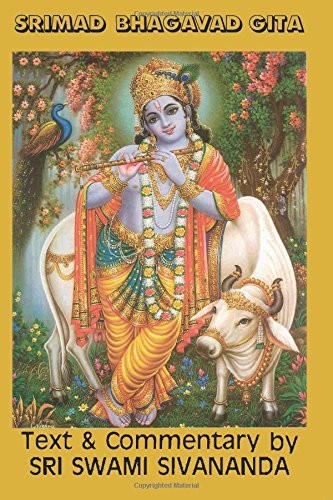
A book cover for Srimad Bhagavad Gita; Lord Krishna; Religion & Spirituality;